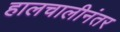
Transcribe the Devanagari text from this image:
हालचालीनंतर